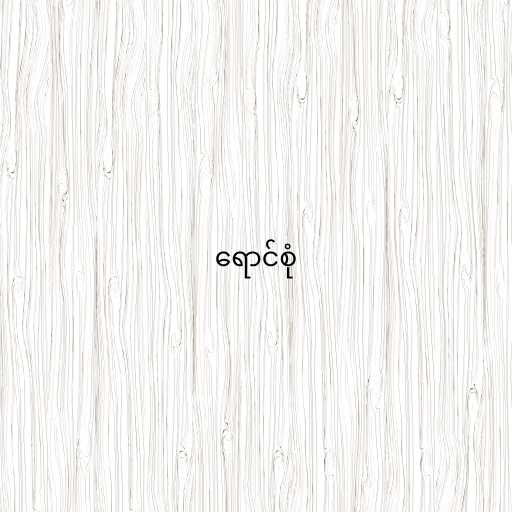
ရောင်စုံ